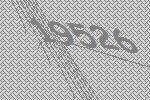
19526